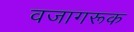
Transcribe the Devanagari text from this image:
वजागरूक